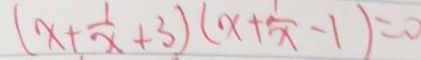
( x + \frac { 1 } { x } + 3 ) ( x + \frac { 1 } { x } - 1 ) = 0